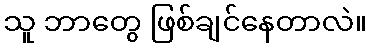
သူ ဘာတွေ ဖြစ်ချင်နေတာလဲ။